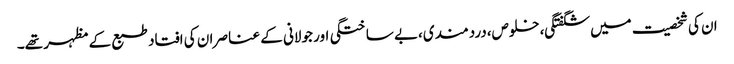
ان کی شخصیت میں شگفتگی،خلوص،دردمندی،بے ساختگی اور جولانی کے عناصر ان کی افتاد طبع کے مظہر تھے۔